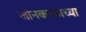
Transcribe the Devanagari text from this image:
जॉनकाकाच्या